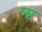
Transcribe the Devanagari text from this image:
ग्स